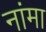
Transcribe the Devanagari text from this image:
नांमा